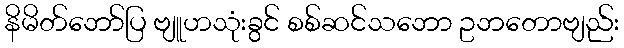
နိမိတ်ဘော်ပြ ဗျူဟသုံးခွင် စစ်ဆင်သဘော ဥဘတောဗျည်း